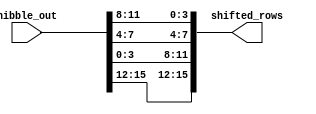
module shift_rows(
					input [15:0] nibble_out,
					output [15:0] shifted_rows
					);
assign shifted_rows = {nibble_out[15:12],nibble_out[3:0],nibble_out[7:4],nibble_out[11:8]};


endmodule